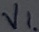
Text: VL